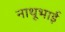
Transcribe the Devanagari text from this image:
नाथूभाई